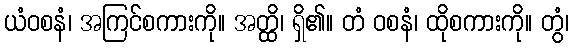
ယံဝစနံ၊ အကြင်စကားကို။ အတ္ထိ၊ ရှိ၏။ တံ ဝစနံ၊ ထိုစကားကို။ တွံ၊